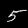
Label: 5